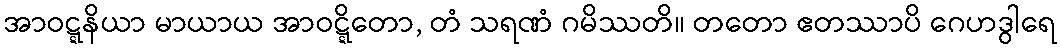
အာဝဋ္ဋနိယာ မာယာယ အာဝဋ္ဋိတော, တံ သရဏံ ဂမိဿတိ။ တတော ဧတဿာပိ ဂေဟဒွါရေ